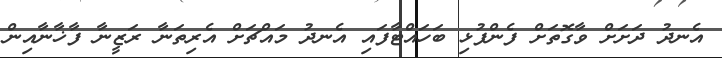
އެނދު ދަށަށް ވާގޮތަށް ފެންފުޅި ބަހައްޓާފައި އެނދު މައްޗަށް އެރިތަނާ ރަޒީނާ ފާޚާނާއިން